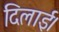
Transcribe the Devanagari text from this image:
दिलाई।